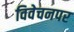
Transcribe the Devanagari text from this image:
विवेचनपर